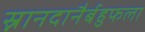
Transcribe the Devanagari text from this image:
स्नानदानैर्बहुफला